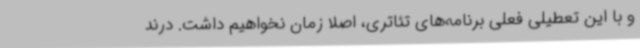
و با این تعطیلی فعلی برنامه‌های تئاتری، اصلا زمان نخواهیم داشت. درند